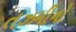
તઝમીનો